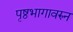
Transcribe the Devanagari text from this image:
पृष्ठभागावरुन